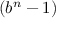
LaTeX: \left( b ^ { n } - 1 \right)